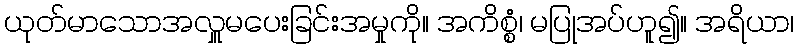
ယုတ်မာသောအလှူမပေးခြင်းအမှုကို။ အကိစ္စံ၊ မပြုအပ်ဟူ၍။ အရိယာ၊